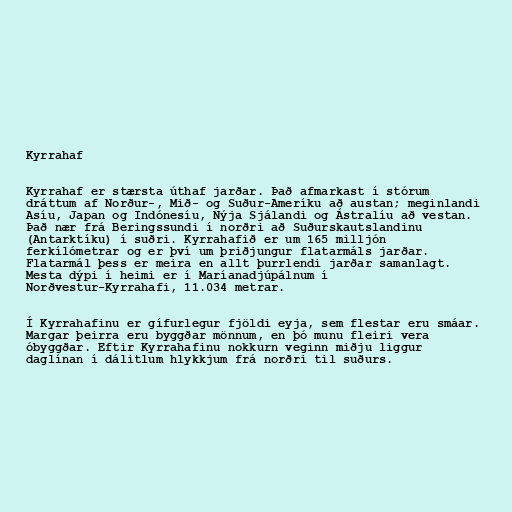
Kyrrahaf

Kyrrahaf er stærsta úthaf jarðar. Það afmarkast í stórum
dráttum af Norður-, Mið- og Suður-Ameríku að austan; meginlandi
Asíu, Japan og Indónesíu, Nýja Sjálandi og Ástralíu að vestan.
Það nær frá Beringssundi í norðri að Suðurskautslandinu
(Antarktíku) í suðri. Kyrrahafið er um 165 milljón
ferkílómetrar og er því um þriðjungur flatarmáls jarðar.
Flatarmál þess er meira en allt þurrlendi jarðar samanlagt.
Mesta dýpi í heimi er í Maríanadjúpálnum í
Norðvestur-Kyrrahafi, 11.034 metrar.

Í Kyrrahafinu er gífurlegur fjöldi eyja, sem flestar eru smáar.
Margar þeirra eru byggðar mönnum, en þó munu fleiri vera
óbyggðar. Eftir Kyrrahafinu nokkurn veginn miðju liggur
daglínan í dálitlum hlykkjum frá norðri til suðurs.